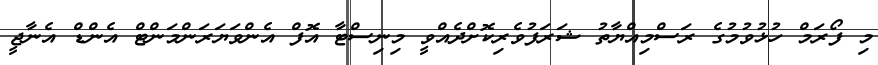
މި ފޯރަމް ހުޅުވުމުގެ ރަސްމިއްޔާތު ޝަރަފުވެރިކޮށްދެއްވީ މިނިސްޓާ އޮފް އެންވަޔަރަންމަންޓް އެންޑް އެނާޖީ